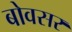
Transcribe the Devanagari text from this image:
बोवसर